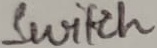
Text: Switch